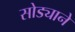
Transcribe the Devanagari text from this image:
सोड्याने